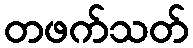
တဖက်သတ်